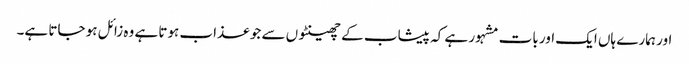
اور ہمارے ہاں ایک اور بات مشہور ہے کہ پیشاب کے چھینٹوں سے جو عذاب ہوتا ہے وہ زائل ہو جاتا ہے۔